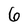
Character: 6